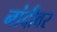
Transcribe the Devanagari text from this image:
नांदीवर